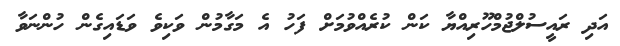
އަދި ރައީސުލްޖުމްހޫރިއްޔާ ކަން ކުރެއްވުމަށް ފަހު އެ މަގާމުން ވަކިވެ ވަޑައިގެން ހުންނަވާ